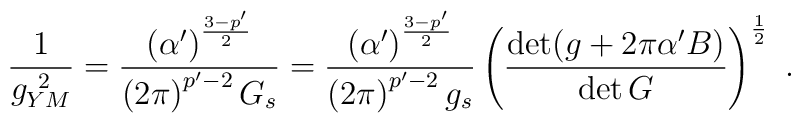
\frac{1}{g_{YM}^{\ 2}} =\frac{\left(\alpha^{\prime}\right)^{\frac{3-p^{\prime}}{2}}}       {\left(2\pi\right)^{p^{\prime}-2} G_{s}}  =\frac{\left(\alpha^{\prime}\right)^{\frac{3-p^{\prime}}{2}}}       {\left(2\pi\right)^{p^{\prime}-2}g_{s}}   \left(\frac{\det (g+2\pi\alpha^{\prime}B)}              {\det G}\right)^{\frac{1}{2}}~.